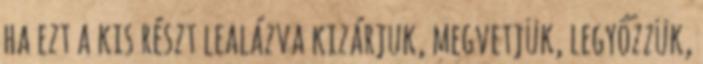
ha ezt a kis részt lealázva kizárjuk, megvetjük, legyőzzük,